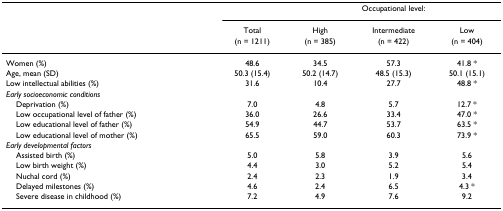
|  |  | <COLSPAN=3> Occupational level: |
 |  | Total | High | Intermediate | Low |
 |  | (n = 1211) | (n = 385) | (n = 422) | (n = 404) |
 | --- | --- | --- | --- | --- |
 | Women (%) | 48.6 | 34.5 | 57.3 | 41.8 * |
 | Age, mean (SD) | 50.3 (15.4) | 50.2 (14.7) | 48.5 (15.3) | 50.1 (15.1) |
 | Low intellectual abilities (%) | 31.6 | 10.4 | 27.7 | 48.8 * |
 | Early socioeconomic conditions |  |  |  |  |
 | Deprivation (%) | 7.0 | 4.8 | 5.7 | 12.7 * |
 | Low occupational level of father (%) | 36.0 | 26.6 | 33.4 | 47.0 * |
 | Low educational level of father (%) | 54.9 | 44.7 | 53.7 | 63.5 * |
 | Low educational level of mother (%) | 65.5 | 59.0 | 60.3 | 73.9 * |
 | Early developmental factors |  |  |  |  |
 | Assisted birth (%) | 5.0 | 5.8 | 3.9 | 5.6 |
 | Low birth weight (%) | 4.4 | 3.0 | 5.2 | 5.4 |
 | Nuchal cord (%) | 2.4 | 2.3 | 1.9 | 3.4 |
 | Delayed milestones (%) | 4.6 | 2.4 | 6.5 | 4.3 * |
 | Severe disease in childhood (%) | 7.2 | 4.9 | 7.6 | 9.2 |